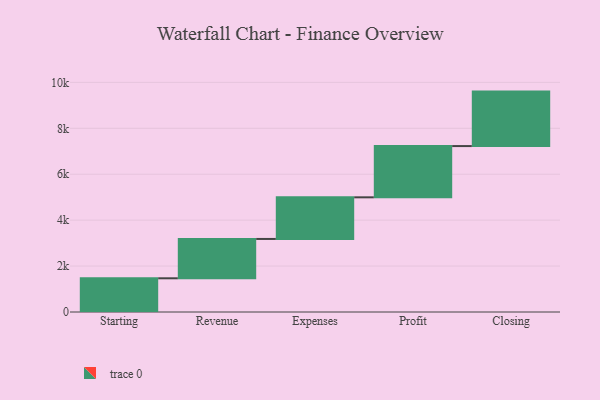
{"axis": {"x": "Step", "y": "Value"}, "legend": [""], "data": [{"x": "Starting", "y": 1468.0, "type": ""}, {"x": "Revenue", "y": 1713.0, "type": ""}, {"x": "Expenses", "y": 1813.0, "type": ""}, {"x": "Profit", "y": 2232.0, "type": ""}, {"x": "Closing", "y": 2372.0, "type": ""}]}